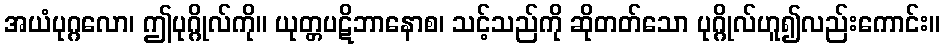
အယံပုဂ္ဂလော၊ ဤပုဂ္ဂိုလ်ကို။ ယုတ္တပဋိဘာနောစ၊ သင့်သည်ကို ဆိုတတ်သော ပုဂ္ဂိုလ်ဟူ၍လည်းကောင်း။